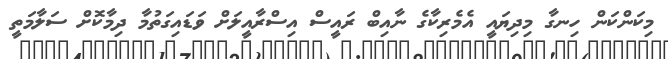
މިކަންކަން ހިނގާ މިދިޔައީ އެމެރިކާގެ ނާއިބް ރައީސް އިސްރާއީލަށް ވަޑައިގަތުމާ ދިމާކޮށް ސަލާމަތީ